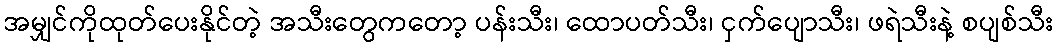
အမျှင်ကိုထုတ်ပေးနိုင်တဲ့ အသီးတွေကတော့ ပန်းသီး၊ ထောပတ်သီး၊ ငှက်ပျောသီး၊ ဖရဲသီးနဲ့ စပျစ်သီး